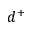
d ^ { + }